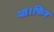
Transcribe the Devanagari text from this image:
था।फिर